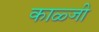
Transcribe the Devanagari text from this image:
काळ्जी